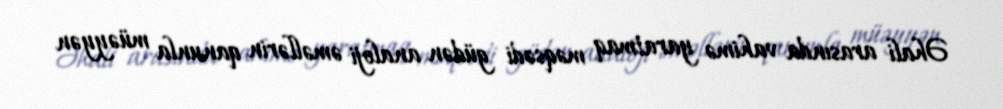
Əhali arasında vahimə yaratmaq məqsədi güdən analoji əməllərin qanunla müəyyən